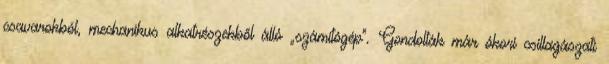
csavarokból, mechanikus alkatrészekből álló „számítógép”. Gondolták már ókori csillagászati